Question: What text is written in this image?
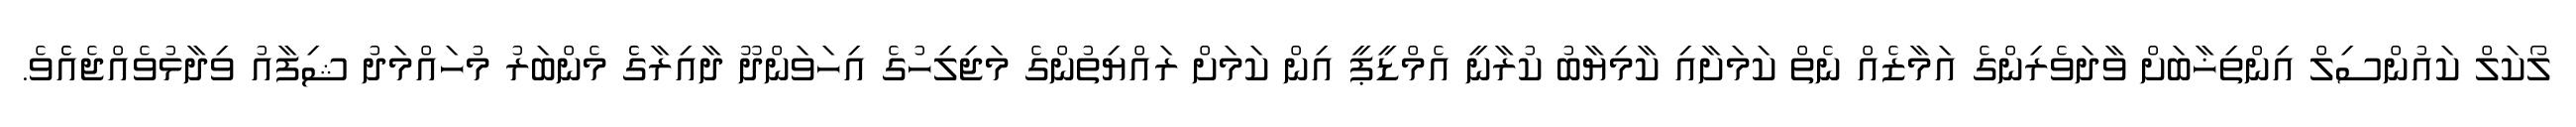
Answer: ލޯކަލް ކައުންސިލް އިންތިޚާބަށް ވާދަވެރިންގެ އަމާޒެއް ނެތް ކަމަށާއި ކާމިޔާބު ކުރާނީ އެމްޑީޕީ އިން ކަމަށް ރައްޔިތުންގެ މަޖިލިހުގެ އިހަވަންދޫ ދާއިރާގެެ މެންބަރު މުހައްމަދު ޝިފާއު ވިދާޅުވެއްޖެއެެވެ.